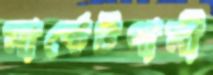
মার্কেটগামী